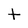
Character: t